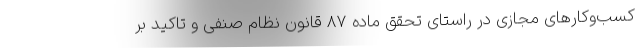
کسب‌وکارهای مجازی در راستای تحقق ماده ۸۷ قانون نظام صنفی و تاکید بر